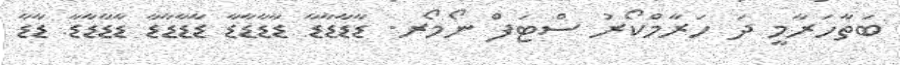
ބަތާހަރާމީ ދަ ހަރާމްކޯރު ސްޓަފް ނޯމޯރ. ޑާޑާޑާޑާ ޑާޑާޑާޑާ ޑާޑާޑާޑާ ޑާޑާޑާޑާ ޑާޑާ